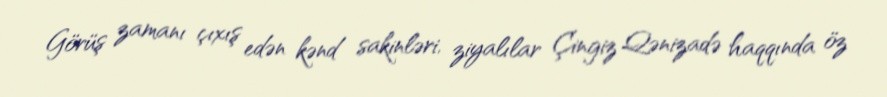
Görüş zamanı çıxış edən kənd sakinləri, ziyalılar Çingiz Qənizadə haqqında öz